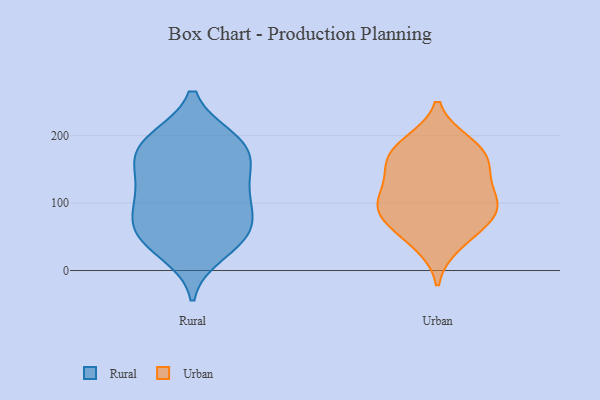
{"axis": {"x": "Demand Index", "y": "Value"}, "legend": ["Rural", "Urban"], "data": [{"x": "", "y": 67, "type": "Rural"}, {"x": "", "y": 158, "type": "Rural"}, {"x": "", "y": 194, "type": "Rural"}, {"x": "", "y": 53, "type": "Rural"}, {"x": "", "y": 114, "type": "Rural"}, {"x": "", "y": 50, "type": "Rural"}, {"x": "", "y": 26, "type": "Rural"}, {"x": "", "y": 71, "type": "Rural"}, {"x": "", "y": 195, "type": "Rural"}, {"x": "", "y": 159, "type": "Rural"}, {"x": "", "y": 182, "type": "Rural"}, {"x": "", "y": 153, "type": "Rural"}, {"x": "", "y": 193, "type": "Rural"}, {"x": "", "y": 94, "type": "Rural"}, {"x": "", "y": 103, "type": "Rural"}, {"x": "", "y": 120, "type": "Rural"}, {"x": "", "y": 41, "type": "Rural"}, {"x": "", "y": 146, "type": "Urban"}, {"x": "", "y": 83, "type": "Urban"}, {"x": "", "y": 187, "type": "Urban"}, {"x": "", "y": 39, "type": "Urban"}, {"x": "", "y": 146, "type": "Urban"}, {"x": "", "y": 80, "type": "Urban"}, {"x": "", "y": 55, "type": "Urban"}, {"x": "", "y": 168, "type": "Urban"}, {"x": "", "y": 105, "type": "Urban"}, {"x": "", "y": 189, "type": "Urban"}, {"x": "", "y": 104, "type": "Urban"}, {"x": "", "y": 168, "type": "Urban"}, {"x": "", "y": 85, "type": "Urban"}, {"x": "", "y": 110, "type": "Urban"}]}